Lunatic asylums Punjab 1868-1880 - 1868-1880
Year: 1868
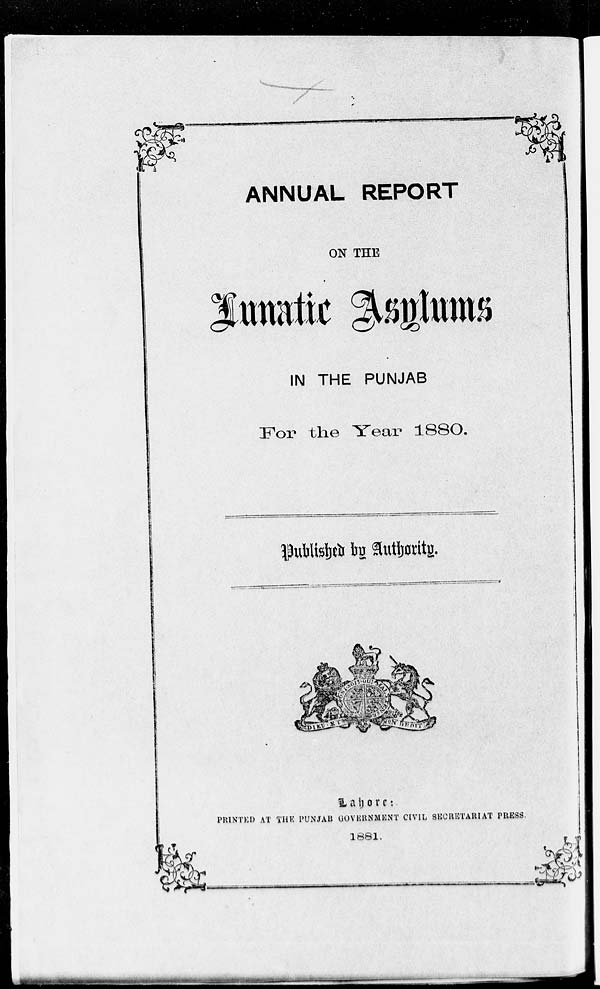
ANNUAL REPORT
ON THE
Lunatic Asylums
IN THE PUNJAB
For the Year 1880.
Published by Authority.
Lahore :
PRINTED AT THE PUNJAB GOVERNMENT CIVIL SECRETARIAT PRESS.
1881.